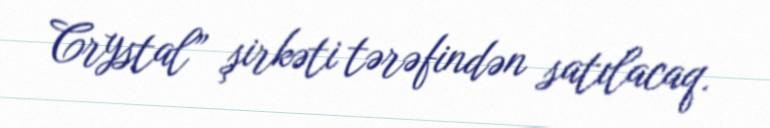
Crystal” şirkəti tərəfindən satılacaq.